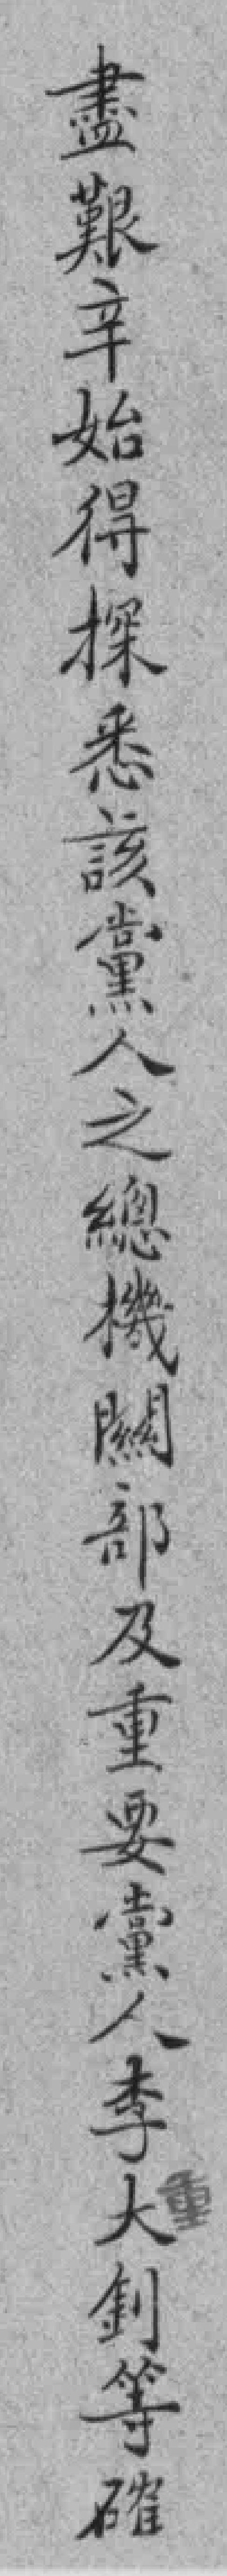
盡艱辛始得探悉該黨人之總機闗部及重要黨人李大釗等確